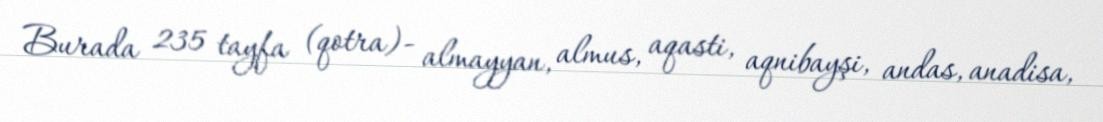
Burada 235 tayfa (qotra)- almayyan, almus, aqasti, aqnibayşi, andas, anadisa,